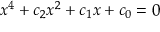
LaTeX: x ^ { 4 } + c _ { 2 } x ^ { 2 } + c _ { 1 } x + c _ { 0 } = 0